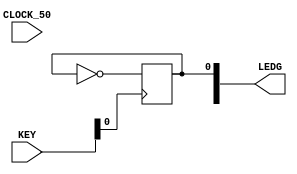
module BASIC(
	CLOCK_50,
	KEY,
	LEDG
);

input		          		CLOCK_50;
input		     [3:0]		KEY;
output	reg  [8:0]		LEDG;

always @(posedge KEY[0])
    LEDG[0] <= ~LEDG[0];

endmodule